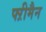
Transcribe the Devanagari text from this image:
फ्ऱीमैन